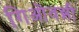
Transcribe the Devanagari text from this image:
गिओवन्नी